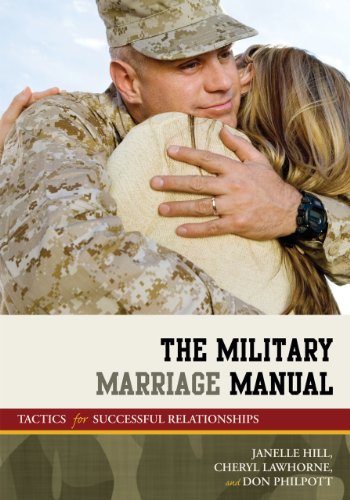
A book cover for The Military Marriage Manual: Tactics for Successful Relationships (Military Life); Janelle B. Moore; Parenting & Relationships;